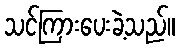
သင်ကြားပေးခဲ့သည်။